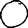
Digit: 0